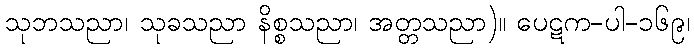
သုဘသညာ၊ သုခသညာ နိစ္စသညာ၊ အတ္တသညာ)။ ပေဋက-ပါ-၁၆၉၊